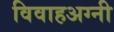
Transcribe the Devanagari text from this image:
विवाहअग्नी